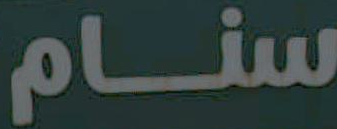
سنام